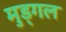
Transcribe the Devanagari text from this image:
मुड्गल